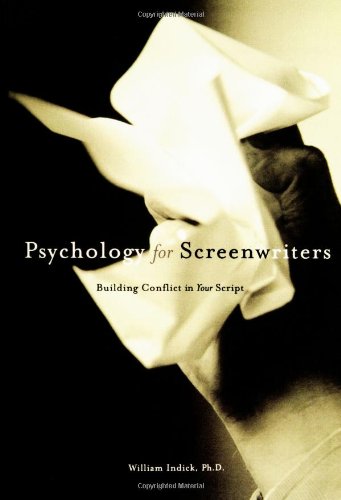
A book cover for Psychology for Screenwriters; William Indick; Humor & Entertainment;